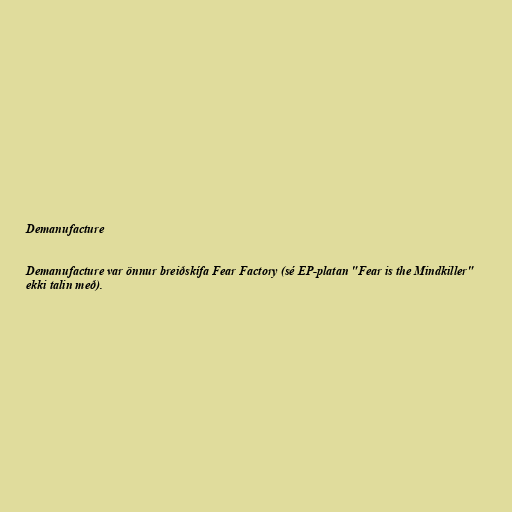
Demanufacture

Demanufacture var önnur breiðskífa Fear Factory (sé EP-platan "Fear is the Mindkiller"
ekki talin með).